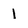
Character: l